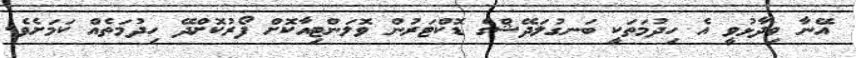
އޭނާ ވިދާޅުވީ އެ ހިދުމަތަކީ ބަނގުލަދޭޝްގެ ޑޮކްޓަރުން ވޮލަންޓިއާކޮށް ފޯރުކޮށްދޭ ހިދުމަތެއް ކަމަށެވެ.